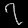
Digit: ၇